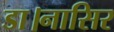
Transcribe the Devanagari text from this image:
डा।नासिर